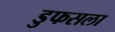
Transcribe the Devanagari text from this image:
डुफसला